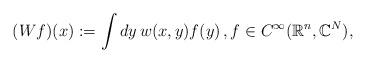
LaTeX: \begin{align*}(Wf)(x):=\int dy\,w(x,y)f(y)\,,f\in C^\infty(\mathbb{R}^n,\mathbb{C}^N),\end{align*}